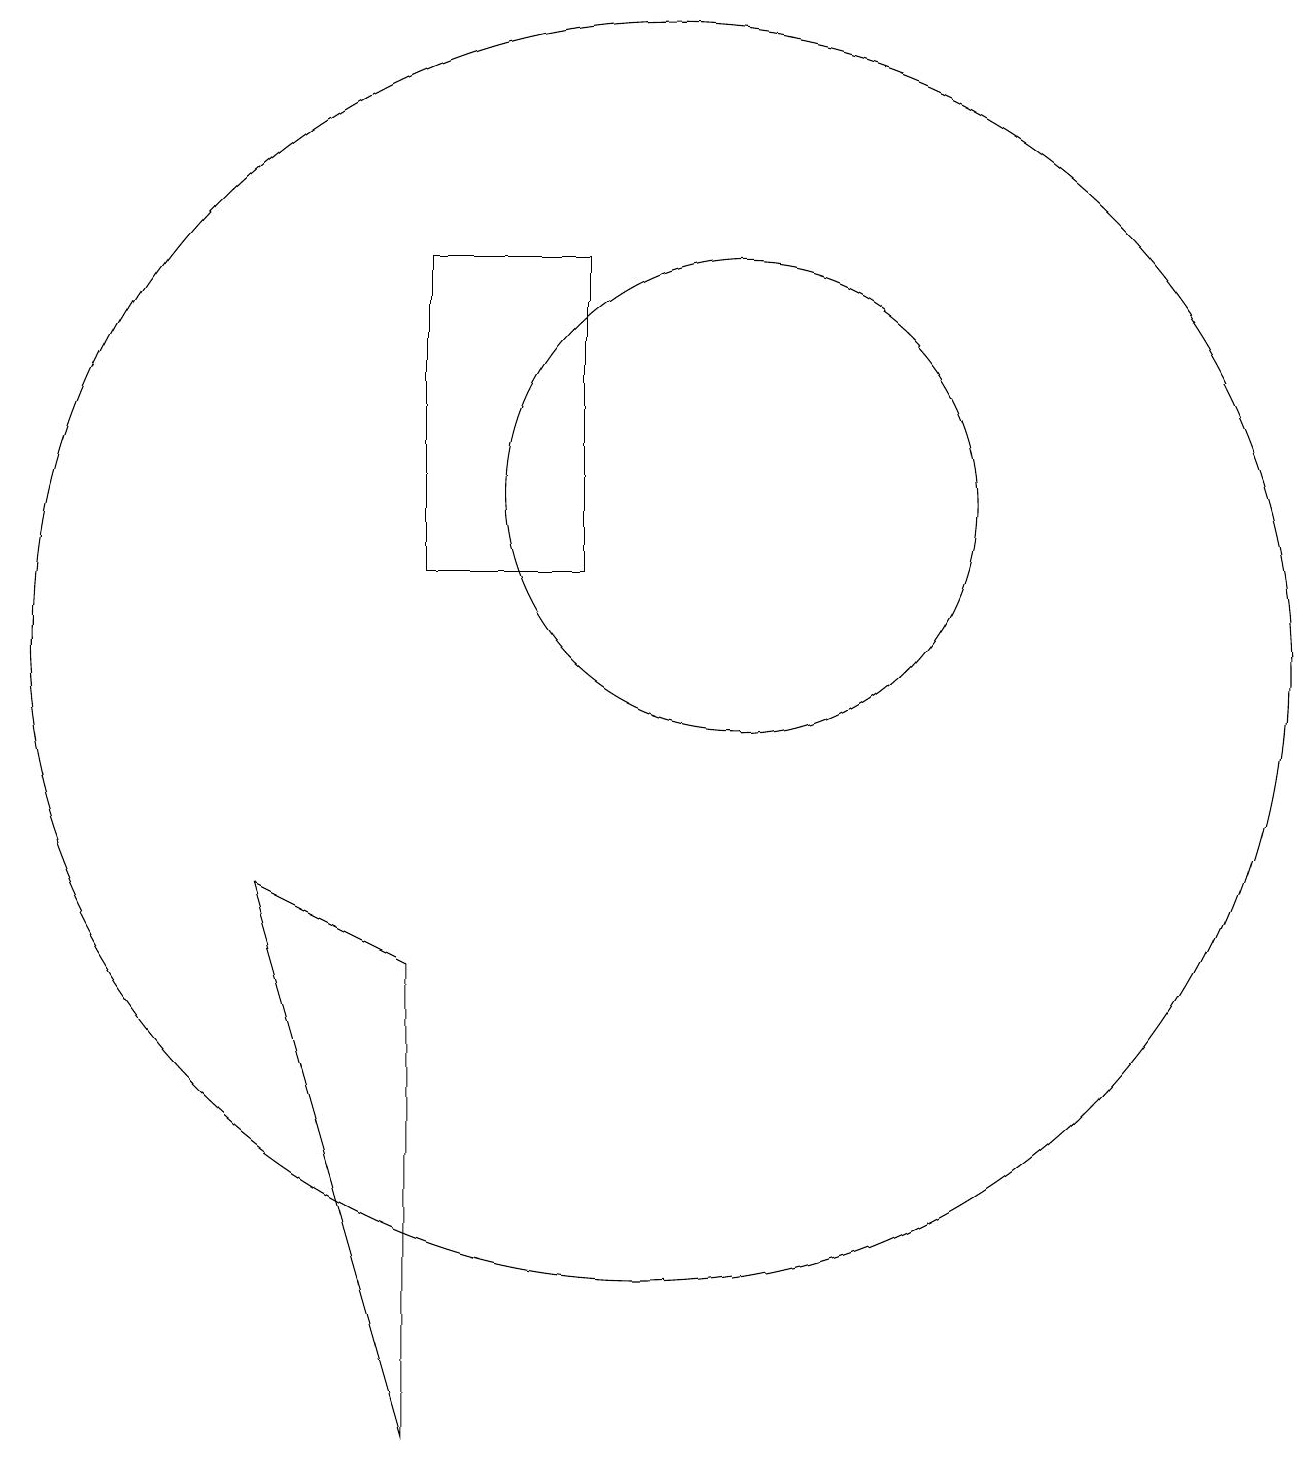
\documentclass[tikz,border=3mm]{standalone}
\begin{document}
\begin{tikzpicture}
\draw (10,10) circle (8);
\draw (9,15) rectangle (7,11);
\draw (11,12) circle (3);
\draw (5,7) -- (7,6) -- (7,0) -- cycle;
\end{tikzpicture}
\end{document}